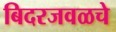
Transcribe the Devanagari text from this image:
बिदरजवळचे